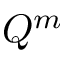
Q ^ { m }